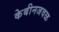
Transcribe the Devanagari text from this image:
केबीनजवळ